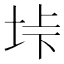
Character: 垰